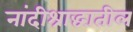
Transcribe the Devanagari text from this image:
नांदीश्राद्धातील